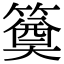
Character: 𥳢